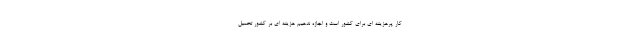
کار پرهزینه ای برای کشور است و اجازه ندهیم هزینه ای بر کشور تحمیل